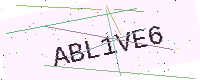
Text: ABL1VE6